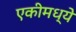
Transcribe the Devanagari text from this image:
एकीमध्ये